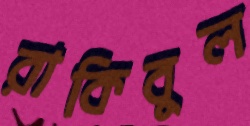
রাকিবুল